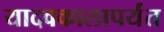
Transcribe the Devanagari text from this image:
यादवकालापर्यंत